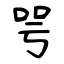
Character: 咢